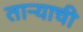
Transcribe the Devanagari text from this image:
ताऱ्‍याची